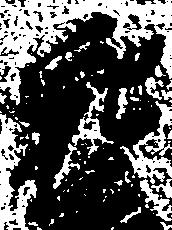
親